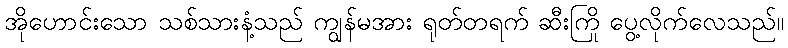
အိုဟောင်းသော သစ်သားနံ့သည် ကျွန်မအား ရုတ်တရက် ဆီးကြို ပွေ့လိုက်လေသည်။